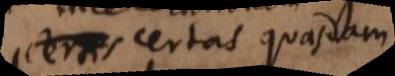
certas quasdam